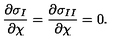
{ \frac { \partial \sigma _ { I } } { \partial \chi } } = { \frac { \partial \sigma _ { I I } } { \partial \chi } } = 0 .